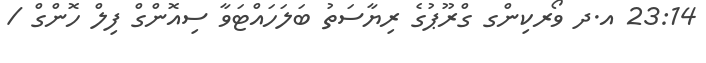
23:14 އ.ދ ވޯރކިންގ ގްރޫޕުގެ ރިޔާސަތު ބަލަހައްޓަވާ ސިއޮންގް ފިލް ހޮންގް /